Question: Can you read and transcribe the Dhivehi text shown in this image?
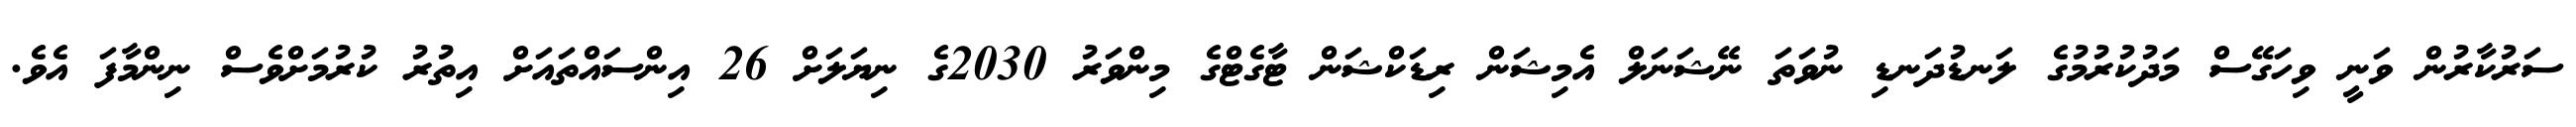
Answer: ސަރުކާރުން ވަނީ ވިހަގޭސް މަދުކުރުމުގެ ލަނޑުދަނޑި ނުވަތަ ނޭޝަނަލް އެމިޝަން ރިޑަކްޝަން ޓާގެޓްގެ މިންވަރު 2030ގެ ނިޔަލަށް 26 އިންސައްތައަށް އިތުރު ކުރުމަށްވެސް ނިންމާފަ އެވެ.